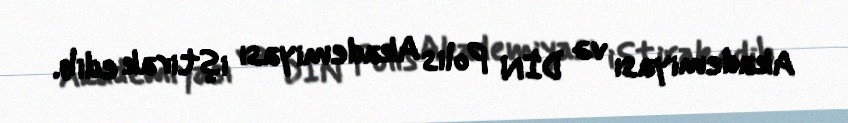
Akademiyası və DİN Polis Akademiyası iştirak edib.